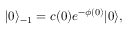
| 0 \rangle _ { - 1 } = c ( 0 ) e ^ { - \phi ( 0 ) } | 0 \rangle ,